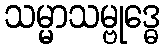
သမ္မာသမ္ဗုဒ္ဓေ